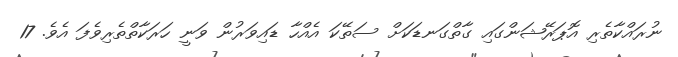
ނުރައްކާތެރި އޮޕަރޭޝަންގައި ގާތްގަނޑަކަށް ސަތޭކަ އެއްހާ ޑައިވަރުން ވަނީ ހަރަކާތްތެރިވެފަ އެވެ. 17